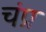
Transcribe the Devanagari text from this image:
चंप्र